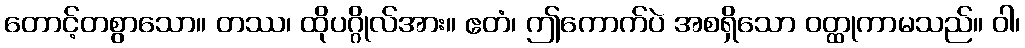
တောင့်တစွာသော။ တဿ၊ ထိုပဂ္ဂိုလ်အား။ ဧတံ၊ ဤကောက်ပဲ အစရှိသော ဝတ္ထုကာမသည်။ ဝါ၊